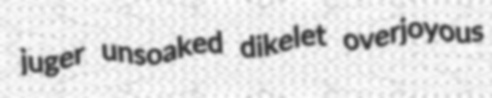
juger unsoaked dikelet overjoyous